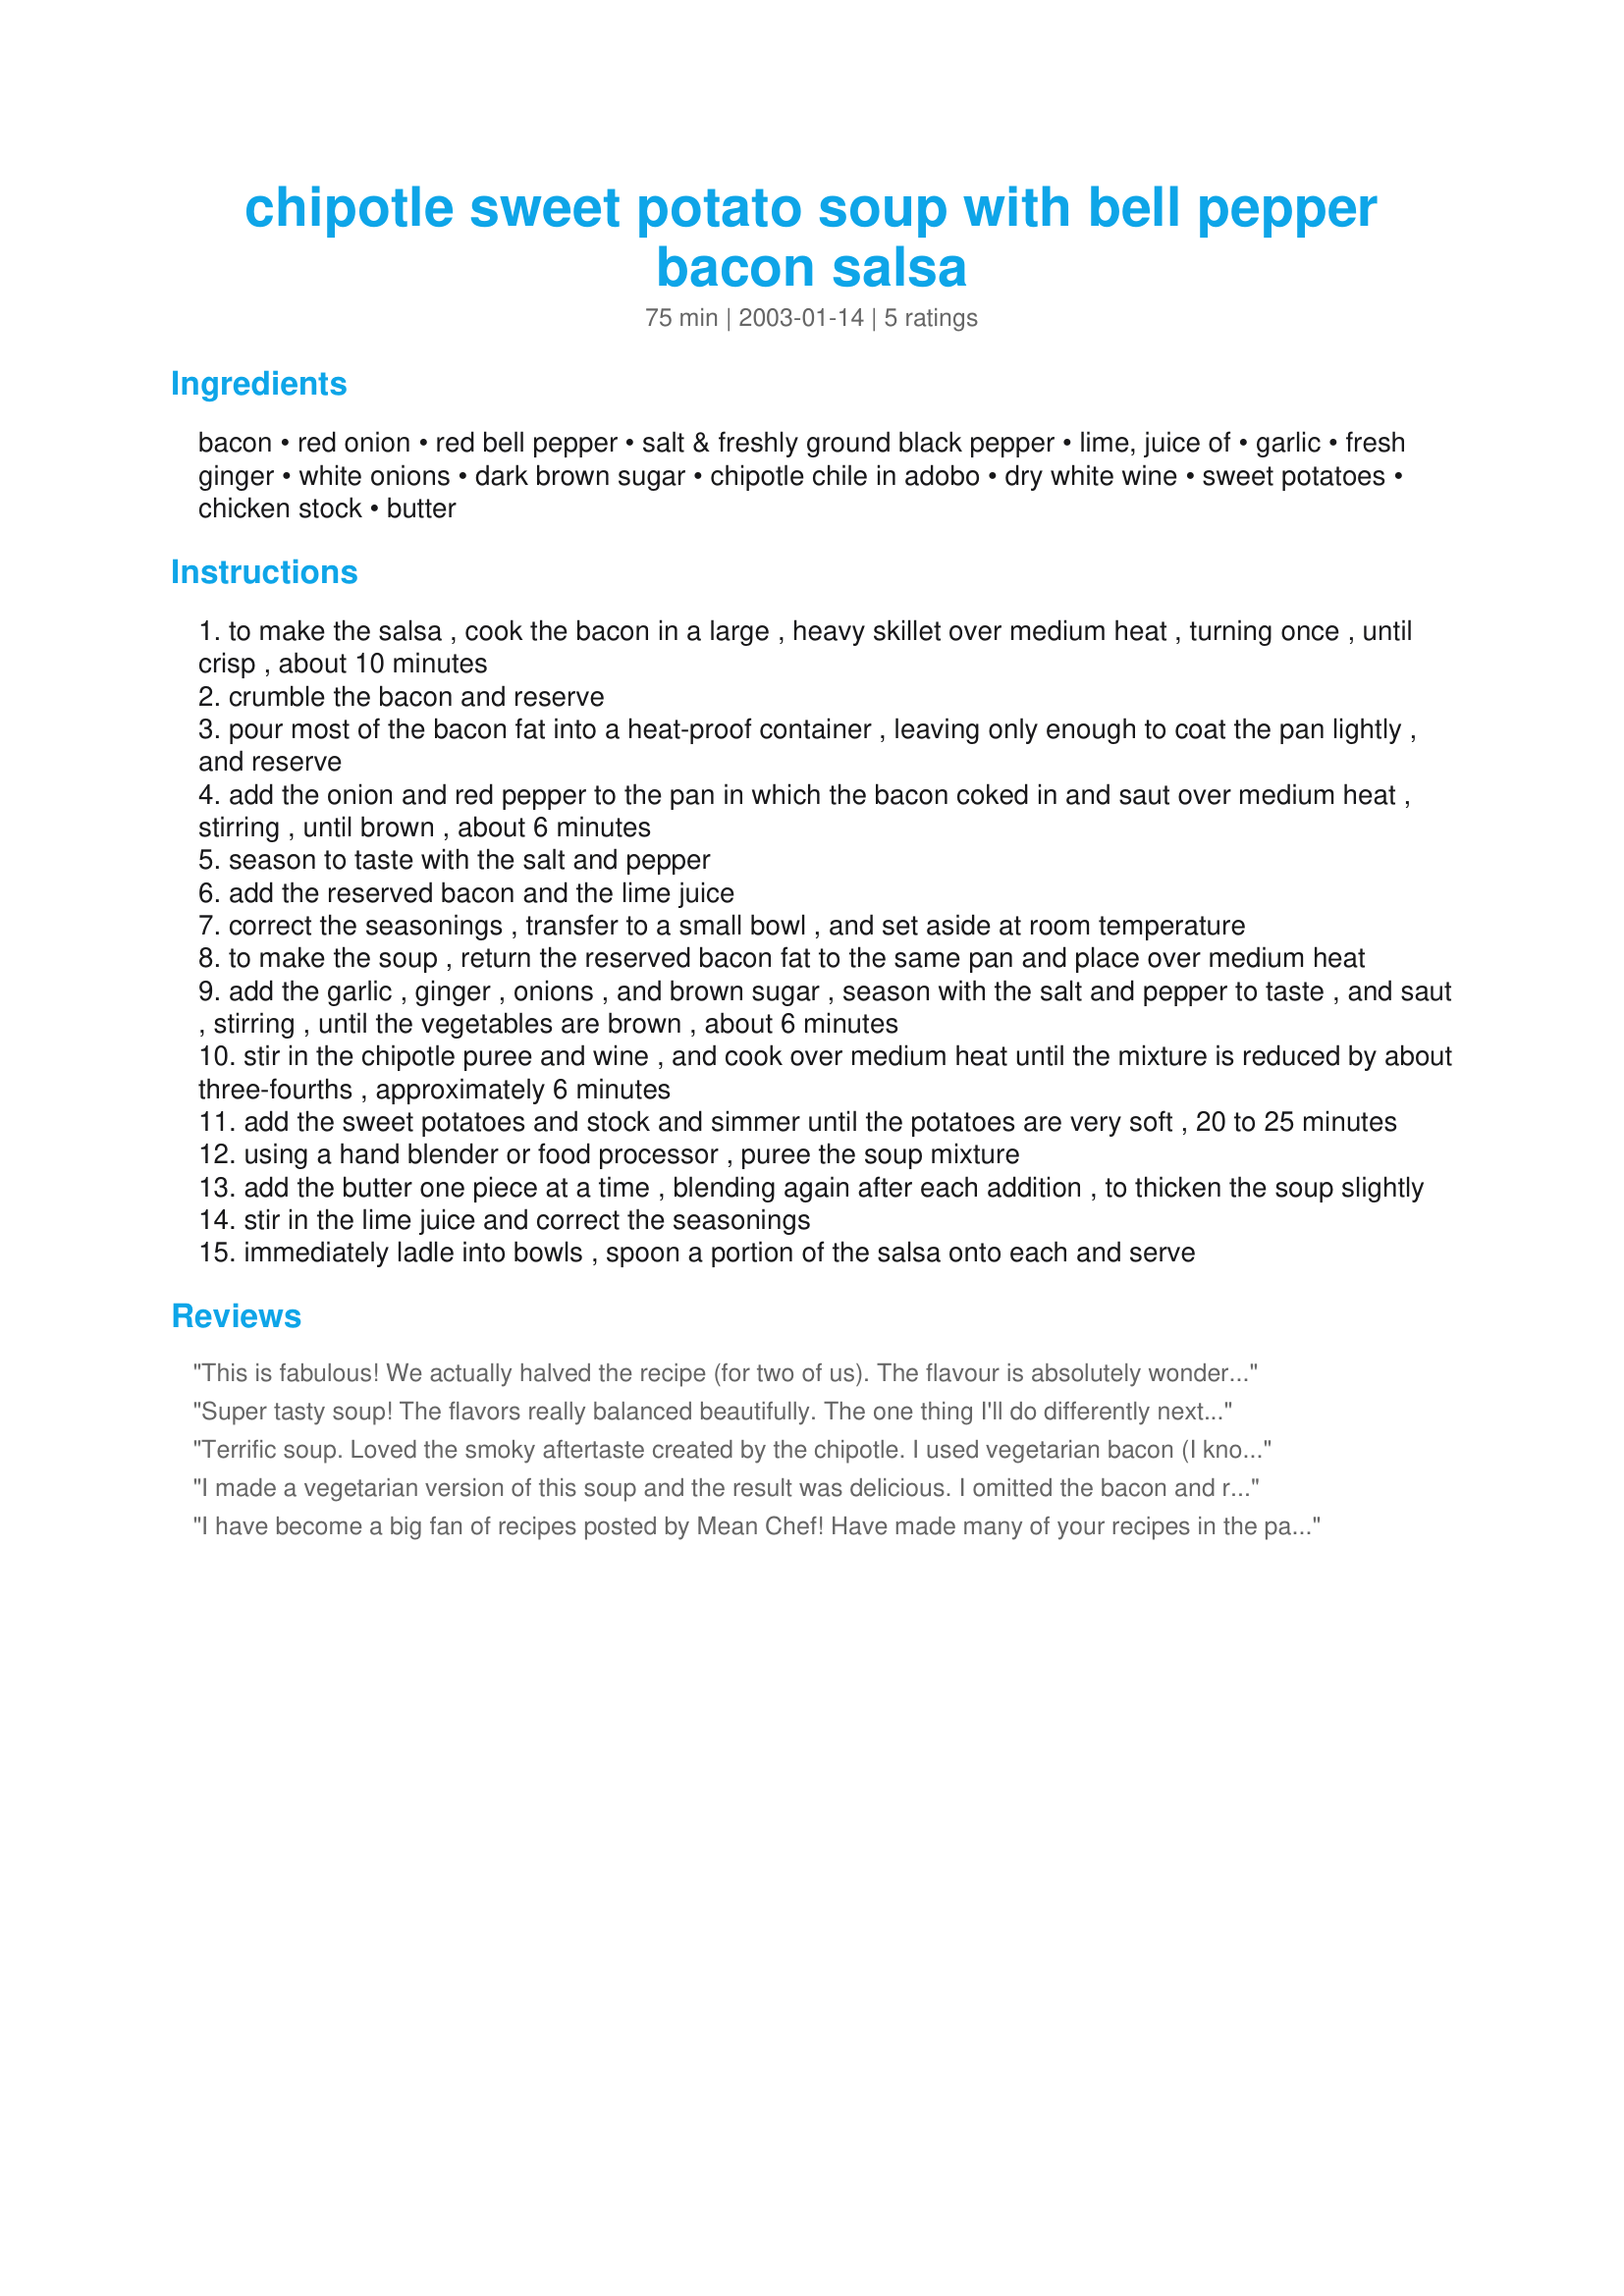
chipotle sweet potato soup with bell pepper bacon salsa
Preparation time: 75 minutes

Ingredients:
bacon, red onion, red bell pepper, salt & freshly ground black pepper, lime, juice of, garlic, fresh ginger, white onions, dark brown sugar, chipotle chile in adobo, dry white wine, sweet potatoes, chicken stock, butter

Steps:
to make the salsa , cook the bacon in a large , heavy skillet over medium heat , turning once , until crisp , about 10 minutes
crumble the bacon and reserve
pour most of the bacon fat into a heat-proof container , leaving only enough to coat the pan lightly , and reserve
add the onion and red pepper to the pan in which the bacon coked in and saut over medium heat , stirring , until brown , about 6 minutes
season to taste with the salt and pepper
add the reserved bacon and the lime juice
correct the seasonings , transfer to a small bowl , and set aside at room temperature
to make the soup , return the reserved bacon fat to the same pan and place over medium heat
add the garlic , ginger , onions , and brown sugar , season with the salt and pepper to taste , and saut , stirring , until the vegetables are brown , about 6 minutes
stir in the chipotle puree and wine , and cook over medium heat until the mixture is reduced by about three-fourths , approximately 6 minutes
add the sweet potatoes and stock and simmer until the potatoes are very soft , 20 to 25 minutes
using a hand blender or food processor , puree the soup mixture
add the butter one piece at a time , blending again after each addition , to thicken the soup slightly
stir in the lime juice and correct the seasonings
immediately ladle into bowls , spoon a portion of the salsa onto each and serve

Reviews:
This is fabulous! We actually halved the recipe (for two of us). The flavour is absolutely wonderful. The soup would stand up well on its own. However, the salsa is to die for. The lime, the bacon, the red pepper .... very different flavours that are just amazing together!!! I will definitely make this over and over again. Can't wait to serve it to company as it's also very appealing to the eye. Thanks MEAN.
Super tasty soup! The flavors really balanced beautifully. The one thing I'll do differently next time is NOT use applewood smoked bacon. The flavor was too smoky strong and didn't meld with the other flavors so well. I'll use either regular bacon or leave it out. Thanks very much for the delicious recipe!
Terrific soup. Loved the smoky aftertaste created by the chipotle. I used vegetarian bacon (I know, I know)--and it actually worked well. I wouldn't leave it out--it balances the chipotle flavor very well. Thanks for posting!
I made a vegetarian version of this soup and the result was delicious. I omitted the bacon and replaced bacon grease with two tablespoons butter. I also omitted the butter at the end with no detriment to texture or taste. The red pepper/red onion/lime salsa compliments the soup perfectly and is a surprise to the taste buds. This is now my favorite fall soup!
I have become a big fan of recipes posted by Mean Chef! Have made many of your recipes in the past...all a success! This soup was packed full of flavor, had a pleasing texture, and was a huge hit at a family gathering. Thanks for another keeper!
